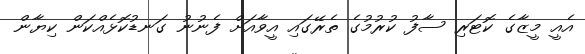
އެއީ މީޒާގެ ކޮޓަރި ސާފު ކުރުމުގެ ތެރޭގައި އީވާއަށް ފެނުނު ގަނޑުކޮޅެއްކަން ކިޔާން